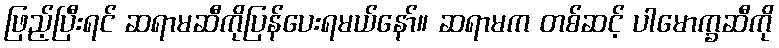
ဖြည့်ပြီးရင် ဆရာမဆီကိုပြန်ပေးရမယ်နော်။ ဆရာမက တစ်ဆင့် ပါမောက္ခဆီကို